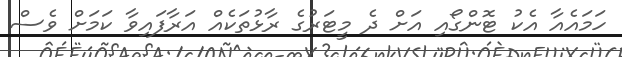
ހަމައެއާ އެކު ޓޮންގޯއި އަށް ދެ މީޓަރުގެ ރާޅުތަކެއް އަރާފައިވާ ކަމަށް ވެސް